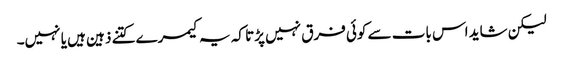
لیکن شاید اس بات سے کوئی فرق نہیں پڑتا کہ یہ کیمرے کتنے ذہین ہیں یا نہیں۔